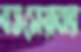
বতসোয়ানার